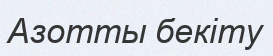
Азотты бекіту